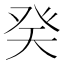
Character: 癸